Vaccination in Burma 1920-1933 - 1920-1933
Year: 1920
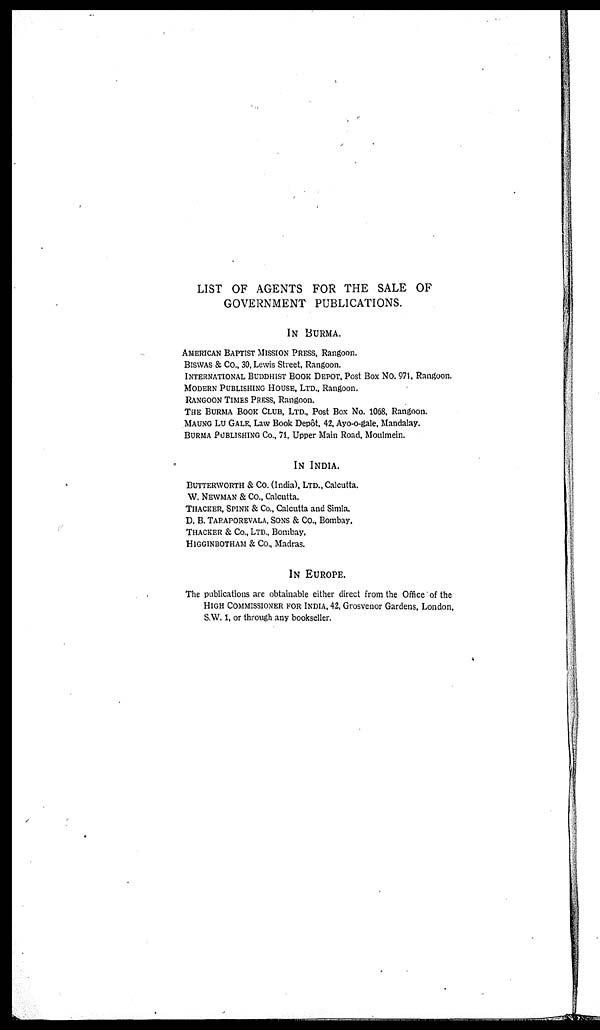
LIST OF AGENTS FOR THE SALE OF
GOVERNMENT PUBLICATIONS.
IN BURMA.
AMERICAN BAPTIST MISSION PRESS, Rangoon.
BISWAS & Co., 30. Lewis Street, Rangoon.
INTERNATIONAL BUDDHIST BOOK DEPOT, Post Box No. 971, Rangoon.
MODERN PUBLISHING HOUSE, LTD., Rangoon.
RANGOON TIMES PRESS, Rangoon.
THE BURMA BOOK CLUB, LTD., Post Box No. 1068, Rangoon.
MAUNG LU GALE, Law Book Depôt, 42, Ayo-o-gale, Mandalay.
BURMA PUBLISHING CO., 71, Upper Main Road, Moulmein.
IN INDIA.
BUTTERWORTH & Co. (India), LTD., Calcutta.
W. NEWMAN & Co., Calcutta.
THACKER, SPINK & Co., Calcutta and Simla.
D. B. TARAPOREVALA, SONS & Co., Bombay.
THACKER & Co., LTD., Bombay.
HIGGINBOTHAM & Co., Madras.
IN EUROPE.
The publications are obtainable either direct from the Office of the
HIGH COMMISSIONER FOR INDIA, 42, Grosvenor Gardens, London.
S.W. 1, or through any bookseller.